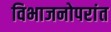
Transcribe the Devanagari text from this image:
विभाजनोपरांत